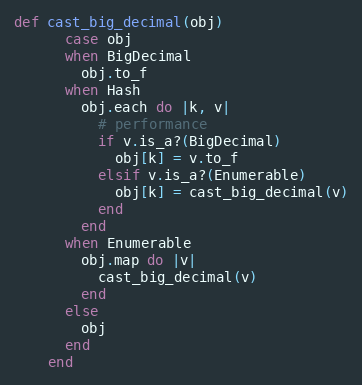
Language: Ruby
def cast_big_decimal(obj)
      case obj
      when BigDecimal
        obj.to_f
      when Hash
        obj.each do |k, v|
          # performance
          if v.is_a?(BigDecimal)
            obj[k] = v.to_f
          elsif v.is_a?(Enumerable)
            obj[k] = cast_big_decimal(v)
          end
        end
      when Enumerable
        obj.map do |v|
          cast_big_decimal(v)
        end
      else
        obj
      end
    end